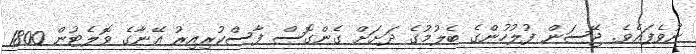
ނުވެފައެވެ. ޖޭސަން ފުލުހުންގެ ބެލުމުގެ ދަށަށް ގެންގޮސް ފާސްކުރިއިރު އޭނާގެ ވޮލެޓުން 1800